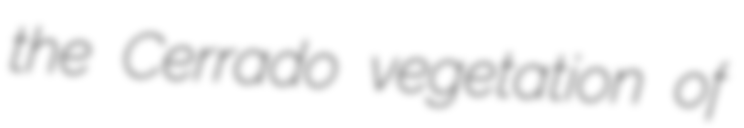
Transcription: the Cerrado vegetation of